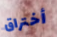
أختراق